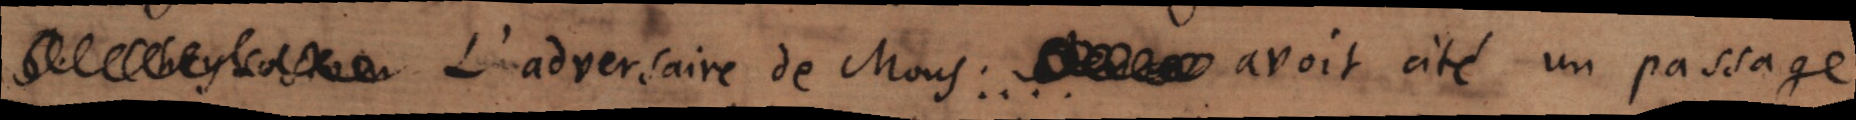
. L’adversaire de Mons :... avoit cité un passage